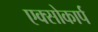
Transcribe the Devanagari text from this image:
एक्सोकार्प